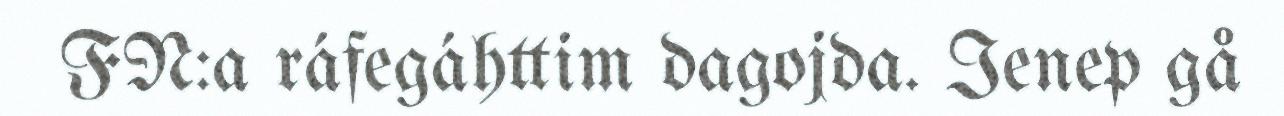
FN:a ráfegáhttim dagojda. Ienep gå